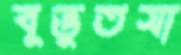
বুভুতসা